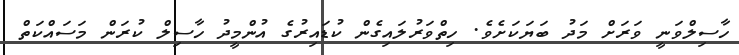
ހާސިލްވަނީ ވަރަށް މަދު ބަޔަކަށެވެ. ހިތްވަރުލައިގެން ކުޑައިރުގެ އުންމީދު ހާސިލް ކުރަން މަސައްކަތް